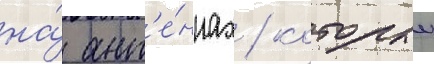
на́ ант'е́ннах / которыи